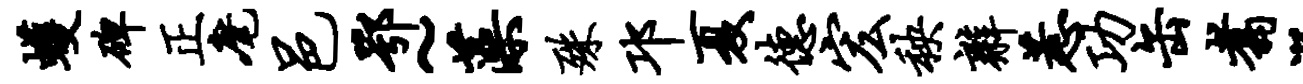
蠖碑正麾邑鄂~藻殊邛夏德宏秧辫惹功缶翥漏